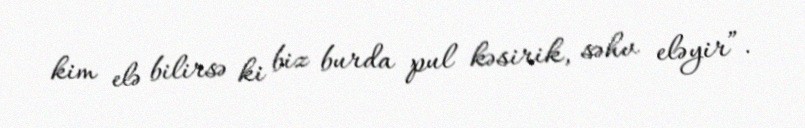
kim elə bilirsə ki biz burda pul kəsirik, səhv eləyir”.